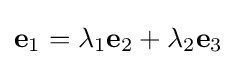
\mathbf {e} _{1}=\lambda _{1}\mathbf {e} _{2}+\lambda _{2}\mathbf {e} _{3}